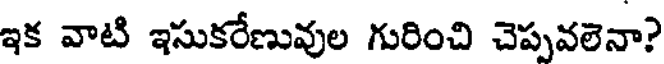
ఇక వాటి ఇసుకరేణువుల గురించి చెప్పవలెనా?